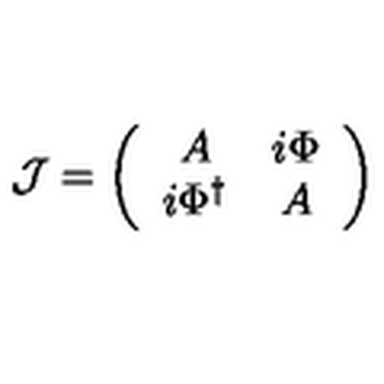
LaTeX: { \cal J } = \left( \begin{array} { c c } { A } & { i \Phi } \\ { i \Phi ^ { \dag } } & { A } \\ \end{array} \right)